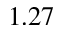
1 . 2 7